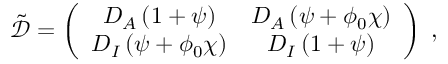
\begin{array} { r } { \tilde { \mathcal D } = \left( \begin{array} { c c } { D _ { A } \left( 1 + \psi \right) } & { D _ { A } \left( \psi + \phi _ { 0 } \chi \right) } \\ { D _ { I } \left( \psi + \phi _ { 0 } \chi \right) } & { D _ { I } \left( 1 + \psi \right) } \end{array} \right) \; , } \end{array}